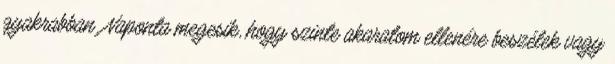
gyakrabban. Naponta megesik, hogy szinte akaratom ellenére beszélek vagy